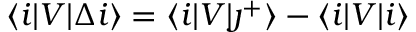
\langle i \lvert V \lvert \Delta i \rangle = \langle i \lvert V \lvert \j ^ { + } \rangle - \langle i \lvert V \lvert i \rangle